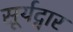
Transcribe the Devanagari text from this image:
सूर्यद्वार